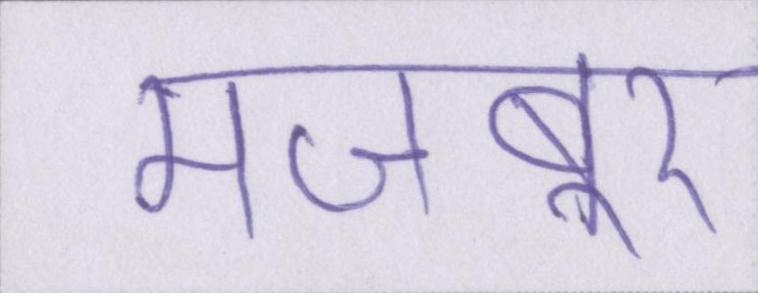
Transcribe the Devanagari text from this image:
मजबूर